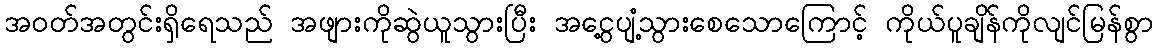
အဝတ်အတွင်းရှိရေသည် အဖျားကိုဆွဲယူသွားပြီး အငွေ့ပျံ့သွားစေသောကြောင့် ကိုယ်ပူချိန်ကိုလျင်မြန်စွာ